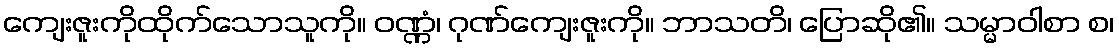
ကျေးဇူးကိုထိုက်သောသူကို။ ဝဏ္ဏံ၊ ဂုဏ်ကျေးဇူးကို။ ဘာသတိ၊ ပြောဆို၏။ သမ္မာဝါစာ စ၊